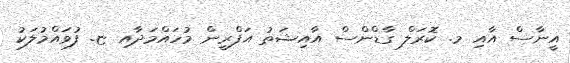
އީނާސް އާއި މ. ކޮރަލް ގާޑްންސް އާއިޝަތު އަފްރީން މުހައްމަދާއި ޏ. ފުވައްމުލަކު